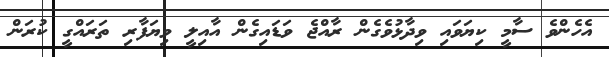
އެހެންވެ ސާމީ ކިޔަވައި ވިދާޅުވެގެން ރާއްޖެ ވަޑައިގެން އާއިލީ ވިޔަފާރި ތަރައްގީ ކުރަން